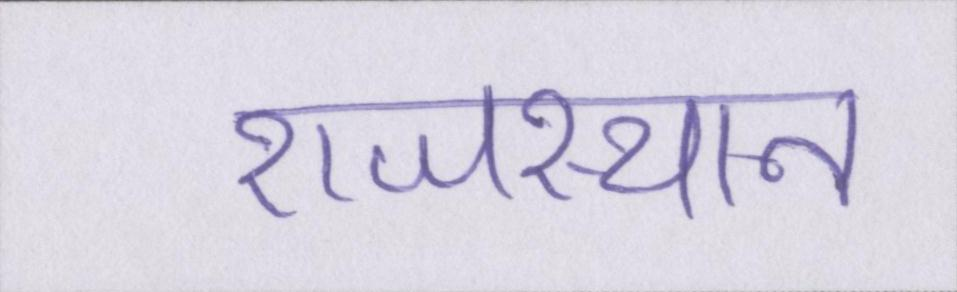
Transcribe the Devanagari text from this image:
राजस्थान